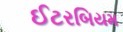
ઈટરબિયમ